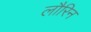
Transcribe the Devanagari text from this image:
लौरिन